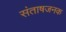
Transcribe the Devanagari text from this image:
संताषजनक